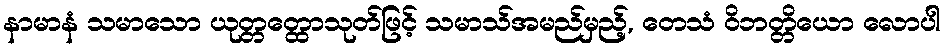
နာမာနံ သမာသော ယုတ္တတ္ထောသုတ်ဖြင့် သမာသ်အမည်မှည့်, တေသံ ဝိဘတ္တိယော လောပါ